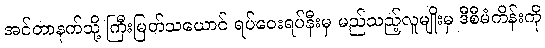
အင်တာနက်သို့ ကြီးမြတ်သယောင် ရပ်ဝေးရပ်နီးမှ မည်သည့်လူမျိုးမှ ဒီစီမံကိန်းကို